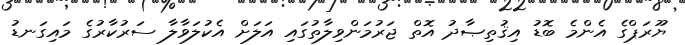
ޔޫރަޕްގެ އެންމެ ބޮޑު އިޤުތިޞާދު އޮތް ޖަރުމަންވިލާތުގައި އަލަށް އެކުލަވާލާ ސަރުކާރުގެ މައިގަނޑު